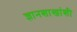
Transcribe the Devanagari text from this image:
ज्ञानशाखांशी